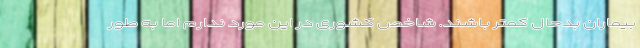
بیماران بدحال کمتر باشند. شاخص کشوری در این مورد ندارم اما به طور